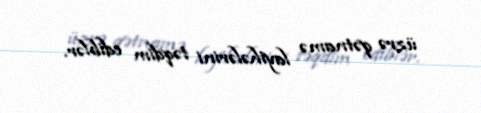
üzrə qətnamə layihələrini təqdim ediblər.